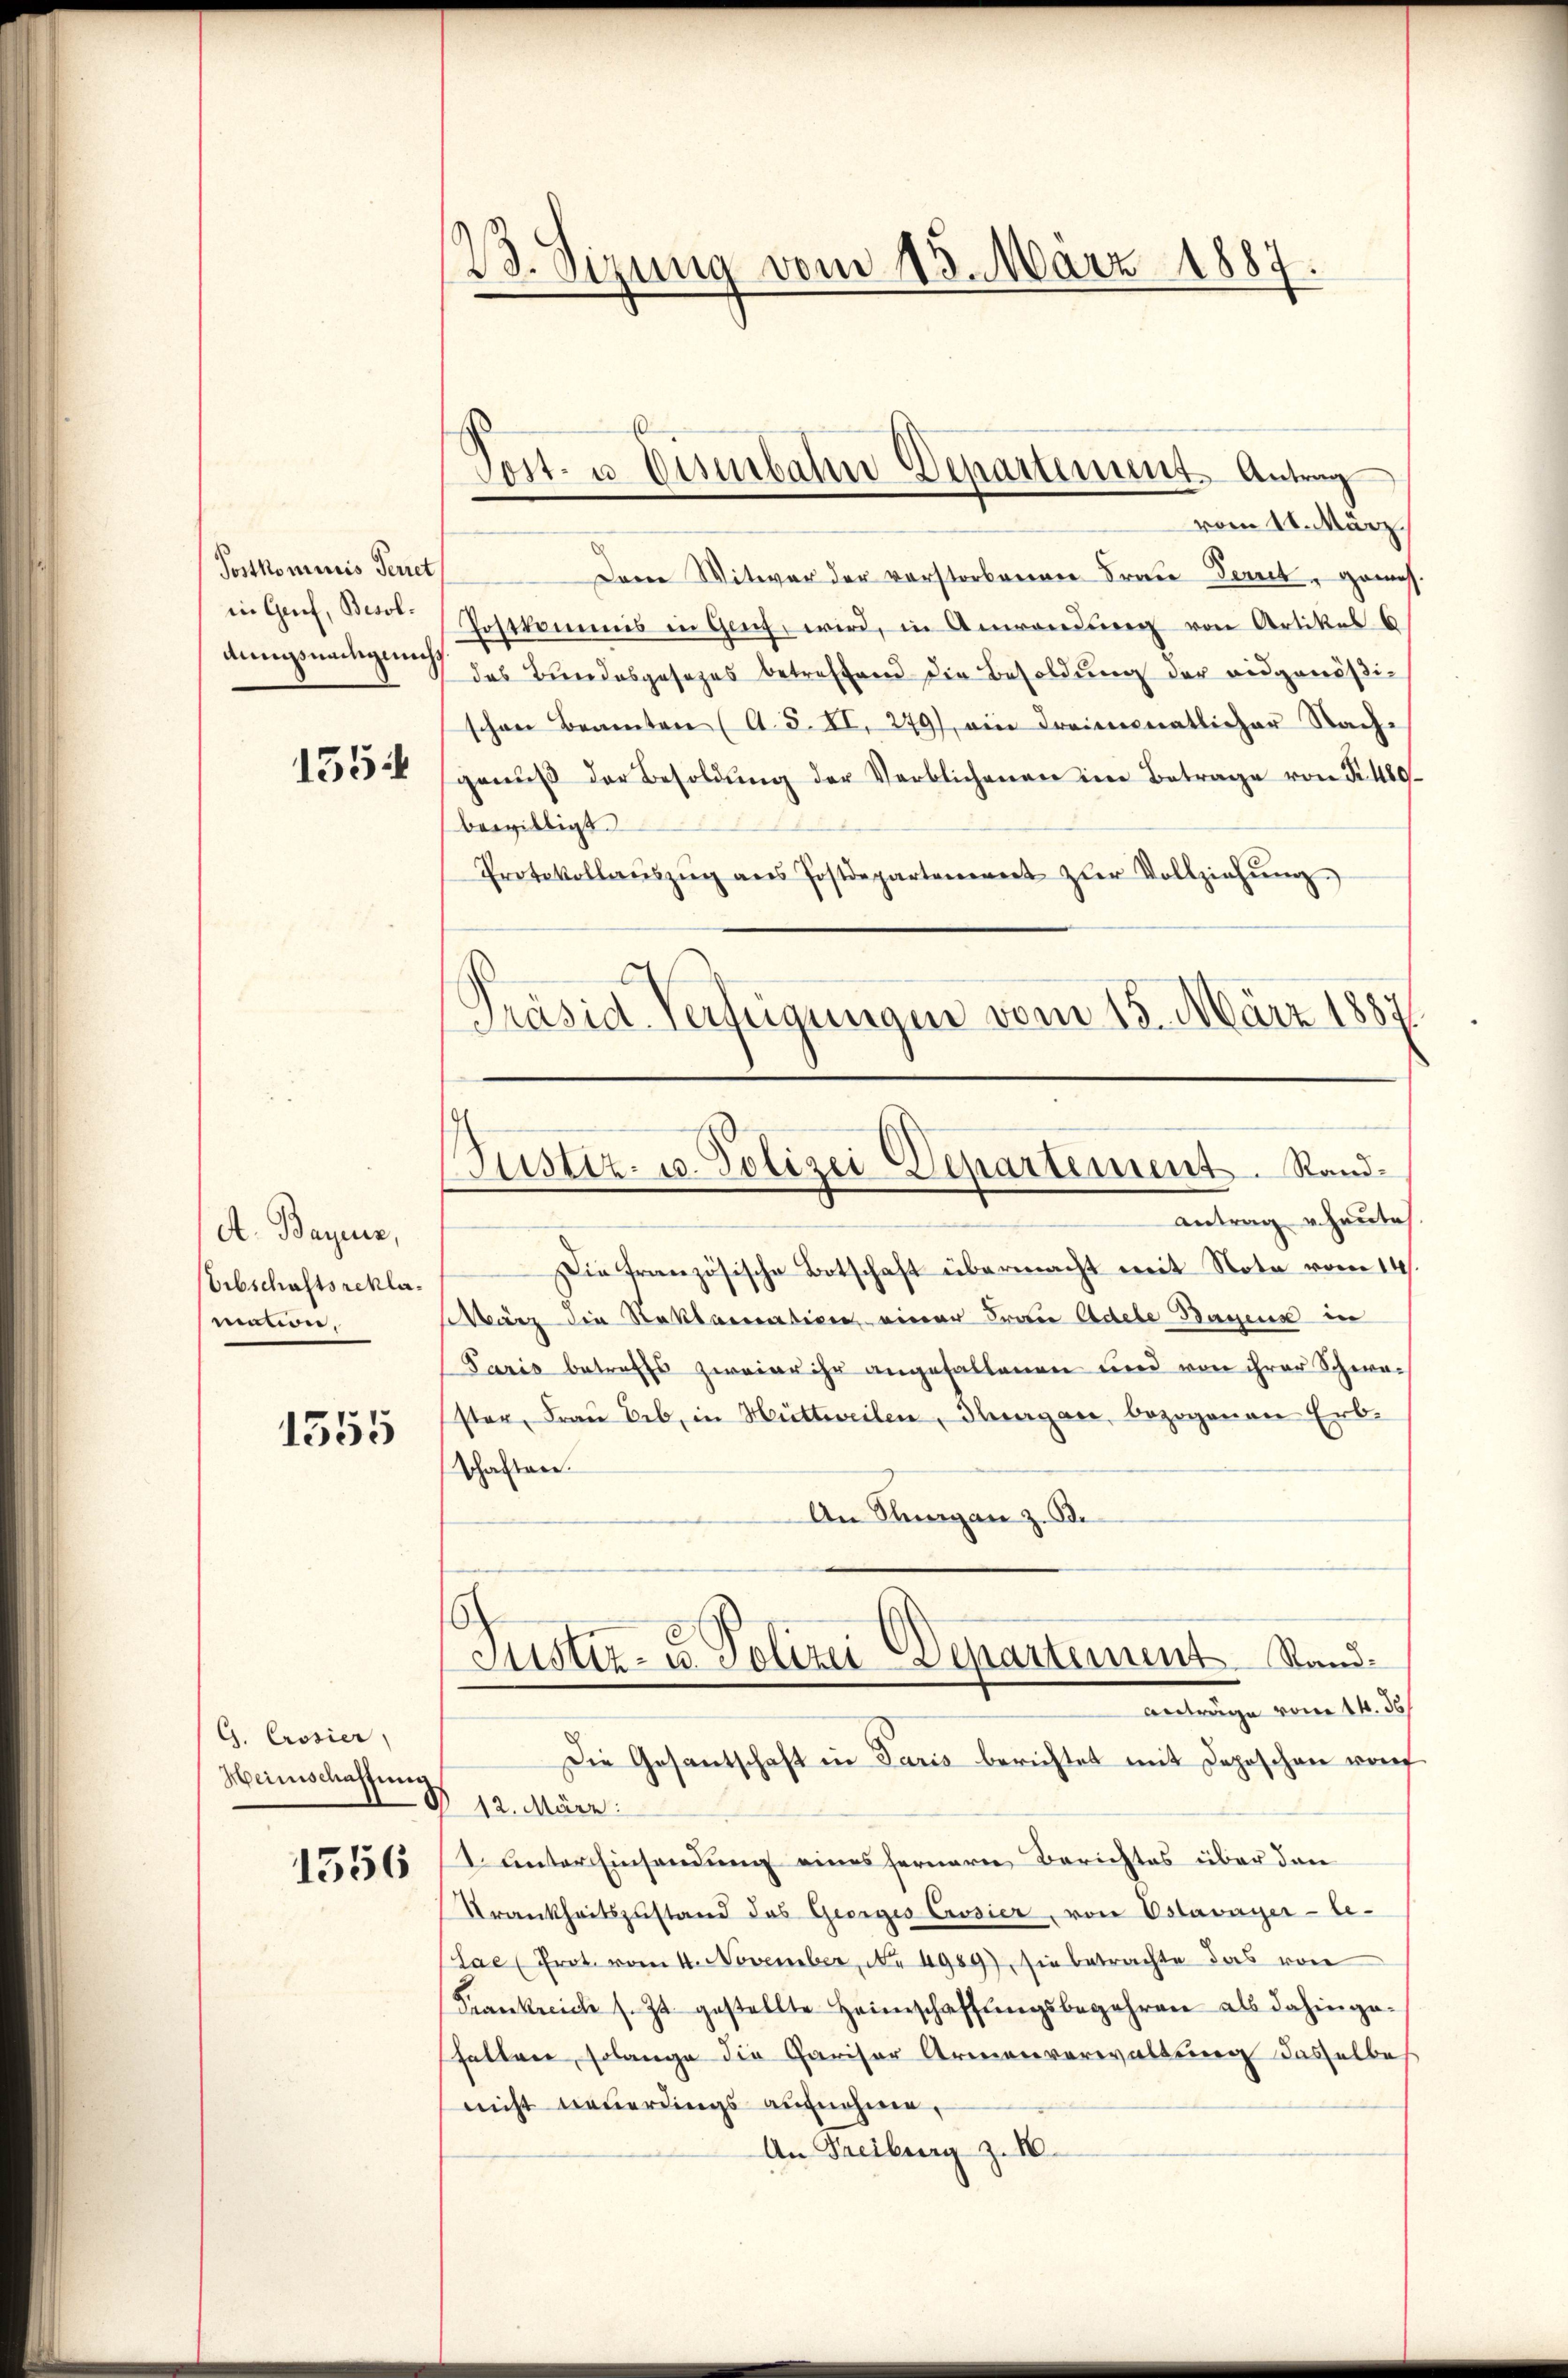
Postkommnis Terret
in Genf, Besoldungsnachgeach

155

A. Bayer,
Erbschaftsreklamation,

1555

G. Crosier
Heimschaffung
1556

23. Sizung vom 15. März 1887.

vom 11. März
Dem Witwer der vorstorberner Frau Gerich, gemes¬
Postkommis in Genf, wird, in Anwendung von Artikes 6
das Bundesgesezes betreffend die Besoldung der eidgenößischen Beamten (A. S. XI. 279), ein dreimonatlicher Sache
genŭβ der Besoldŭng der Verblichenen im Betrage von Fr. 480
bewilligt.
Protokollaŭszŭg ans Postdepartanenent zler Vollziehŭng
Präsid. Verfügungen vom 15. März 1887

Teit- u Visibalen Departement. Antrag

Justiz- u. Polizei Departement. Rand¬

Justiz- u. Polizei Departement. Stand.
antrage vom 14. d.
Die Gesantschaft in Paris berichtet mit Depeschen worf

Antrag heute
Die französische Botschaft übermacht mit Nota vom 14.
März die Reklamativen einer Frau Adele Bauens in
Paris betreffs zweier ihr angefallenen und von ihrer Schwaster, Fraŭ Beb, in Hüttweilen, Thurgau, bezogenen Erb-
Schaften.
An Stangen z. B.
§ 12. März
1. unter Einsendung eines fernern Berichtes über den
Krankheitszustand das Georges Crosier, von Estavayer - le¬
Lae (Prot. vom 4. November, No 4989), sie betrachte das von
Frankreich s. Zt. gestellte Heimschaffungsbegehren als dahingehalten, solange die Cariser Armenverwaltung dasselbes
nicht neuerdings aufnehmen,
An Freiburg z. 16.